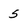
Character: 5